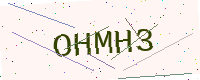
Text: OHMH3